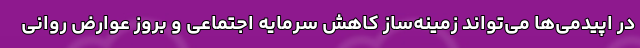
در اپیدمی‌ها می‌تواند زمینه‌ساز کاهش سرمایه اجتماعی و بروز عوارض روانی